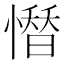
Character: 𢡄